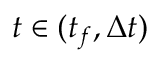
t \in ( t _ { f } , \Delta t )